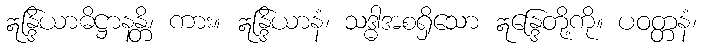
ဣန္ဒြိယာဓိဋ္ဌာနန္တိ၊ ကား။ ဣန္ဒြိယာနံ၊ သဒ္ဓါအစရှိသော ဣန္ဒြေတို့ကို။ ပဝတ္တနံ၊